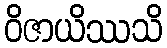
ဝိဇာယိဿသိ